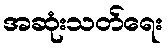
အဆုံးသတ်ရေး